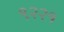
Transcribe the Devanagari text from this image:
९२२१